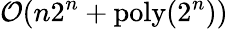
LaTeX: \mathcal{O}(n2^{n}+\mathrm{poly}(2^{n}))